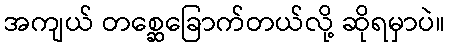
အကျယ် တစ္ဆေခြောက်တယ်လို့ ဆိုရမှာပဲ။